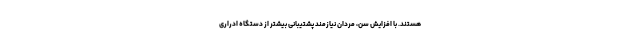
هستند. با افزایش سن، مردان نیازمند پشتیبانی بیشتر از دستگاه ادراری